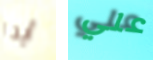
أيدا علي